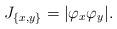
LaTeX: \begin{align*} J_{\{x,y\}}=|\varphi_x\varphi_y|.\end{align*}